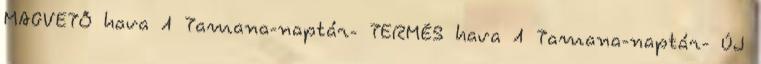
MAGVETŐ hava 1 Tamana-naptár- TERMÉS hava 1 Tamana-naptár- ÚJ